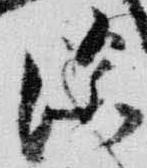
深